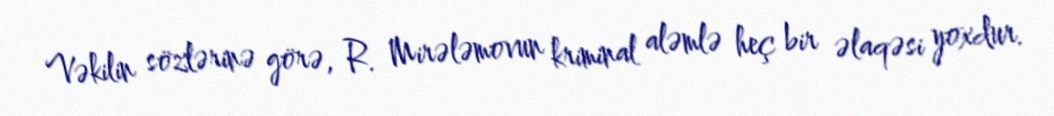
Vəkilin sözlərinə görə, R. Mirələmovun kriminal aləmlə heç bir əlaqəsi yoxdur.